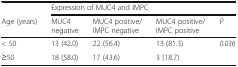
<table><thead><tr><td></td><td colspan="4"><b>Expression of MUC4 and IMPC</b></td></tr><tr><td><b>Age (years)</b></td><td><b>MUC4 negative</b></td><td><b>MUC4 positive/IMPC negative</b></td><td><b>MUC4 positive/IMPC positive</b></td><td><b><i>P</i></b></td></tr></thead><tbody><tr><td>&lt; 50</td><td>13 (42.0)</td><td>22 (56.4)</td><td>13 (81.3)</td><td><i>0.036</i></td></tr><tr><td>≥50</td><td>18 (58.0)</td><td>17 (43.6)</td><td>3 (18.7)</td><td></td></tr></tbody></table>